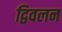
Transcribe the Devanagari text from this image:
द्विवलन